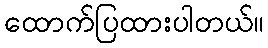
ထောက်ပြထားပါတယ်။